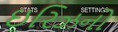
ઇરિઝનો